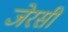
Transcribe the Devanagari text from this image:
जेरसी